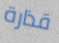
قذارة